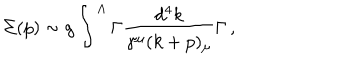
LaTeX: \Sigma ( p ) \sim g \int ^ { \Lambda } \Gamma \frac { d ^ { 4 } k } { \gamma ^ { \mu } ( k + p ) _ { \mu } } \Gamma \, ,